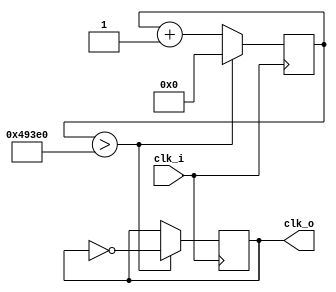
module delay_clk(
    clk_i,
    clk_o
    );
input  wire clk_i;
output reg clk_o;//ӳʱ
reg[31:0] count;    //һ28λļĴ¼
initial clk_o = 0;
initial count = 32'b0;
always @ (posedge clk_i) begin
    //if(count >= 32'd30000) begin
    if(count > 32'd300000) begin //0.6
        count <=  32'd0;
        clk_o <= ~clk_o;
    end else begin
        count <= count + 1'd1;    
    end

end



endmodule